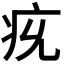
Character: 𤴴